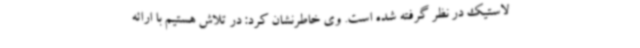
لاستیک در نظر گرفته شده است. وی خاطرنشان کرد: در تلاش هستیم با ارائه